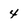
Character: 4